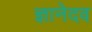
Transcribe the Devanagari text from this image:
ज्ञानेदव